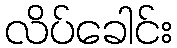
လိပ်ခေါင်း